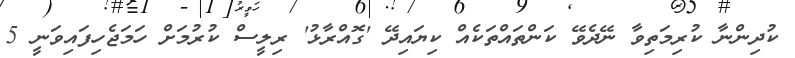
ކުދިންނާ ކުރިމަތިވާ ނޭދެވޭ ކަންތައްތަކެއް ކިޔައިދޭ 'ގޮއްރާޅު' ރިލީސް ކުރުމަށް ހަމަޖެހިފައިވަނީ 5